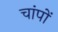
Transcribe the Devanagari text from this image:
चांपों